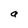
Character: a